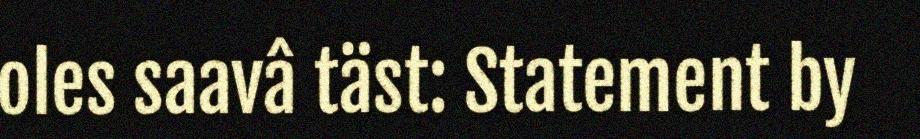
oles saavâ täst: Statement by